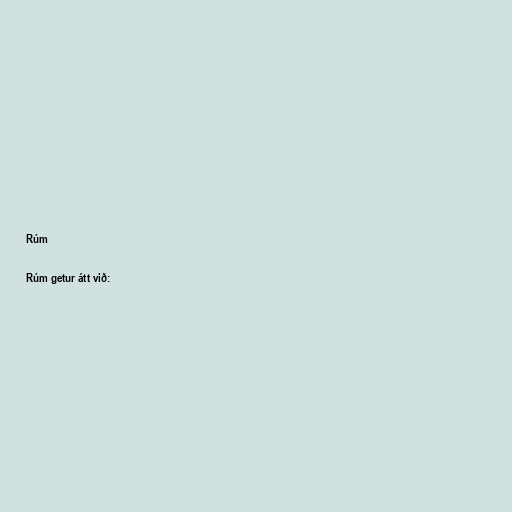
Rúm

Rúm getur átt við: